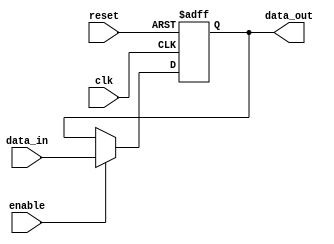
module latch (
    input wire clk,         // Clock signal
    input wire reset,       // Reset signal
    input wire enable,      // Control signal
    input wire data_in,     // Input data
    output reg data_out     // Output data
);

    reg latch_state;        // Latch state variable

    // Latch logic
    always @ (posedge clk or posedge reset)
    begin
        if (reset) begin
            latch_state <= 0;   // Reset latch state
            data_out <= 1'b0;   // Reset output data
        end
        else if (enable) begin
            latch_state <= 1;   // Enable latch
            data_out <= data_in;    // Transparent state: pass input to output
        end
        else begin
            latch_state <= 0;   // Disable latch
            data_out <= data_out;   // Opaque state: retain previous output
        end
    end

endmodule